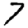
Digit: 7